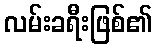
လမ်းခရီးဖြစ်၏